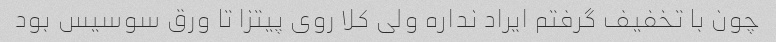
چون با تخفیف گرفتم ایراد نداره ولی کلا روی پیتزا تا ورق سوسیس بود